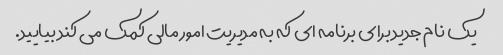
یک نام جدید برای برنامه ای که به مدیریت امور مالی کمک می کند بیایید.